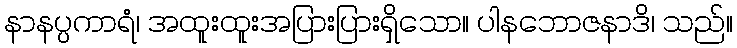
နာနပ္ပကာရံ၊ အထူးထူးအပြားပြားရှိသော။ ပါနဘောဇနာဒိ၊ သည်။